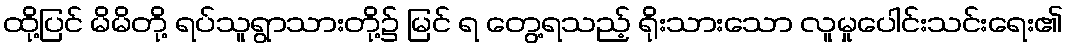
ထို့ပြင် မိမိတို့ ရပ်သူရွာသားတို့၌ မြင် ရ တွေ့ရသည့် ရိုးသားသော လူမှုပေါင်းသင်းရေး၏